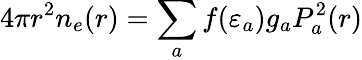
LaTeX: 4\pi r^{2}n_{e}(r)=\sum_{a}f(\varepsilon_{a})g_{a}P_{a}^{2}(r)